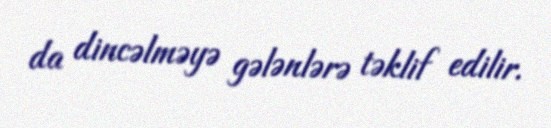
da dincəlməyə gələnlərə təklif edilir.